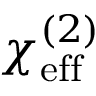
\chi _ { \mathrm { e f f } } ^ { ( 2 ) }